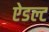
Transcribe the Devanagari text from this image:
ऐडल्ट